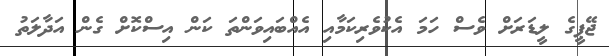
ޖޭޕީގެ ލީޑަރަށް ވެސް ހަމަ އެކުވެރިކަމާއި އެއްބައިވަންތަ ކަން އިސްކޮށް ގެން އަދާލަތު